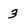
Character: 3